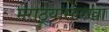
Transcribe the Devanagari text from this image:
मराठ्यांसारखा